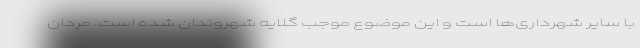
با سایر شهرداری‌ها است و این موضوع موجب گلایه شهروندان شده است. مردان